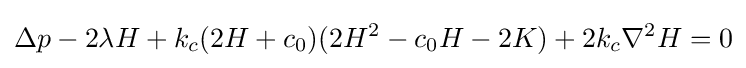
\Delta p-2\lambda H+k_{c}(2H+c_{0})(2H^{2}-c_{0}H-2K)+2k_{c}\nabla ^{2}H=0